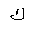
Letter: _kaf